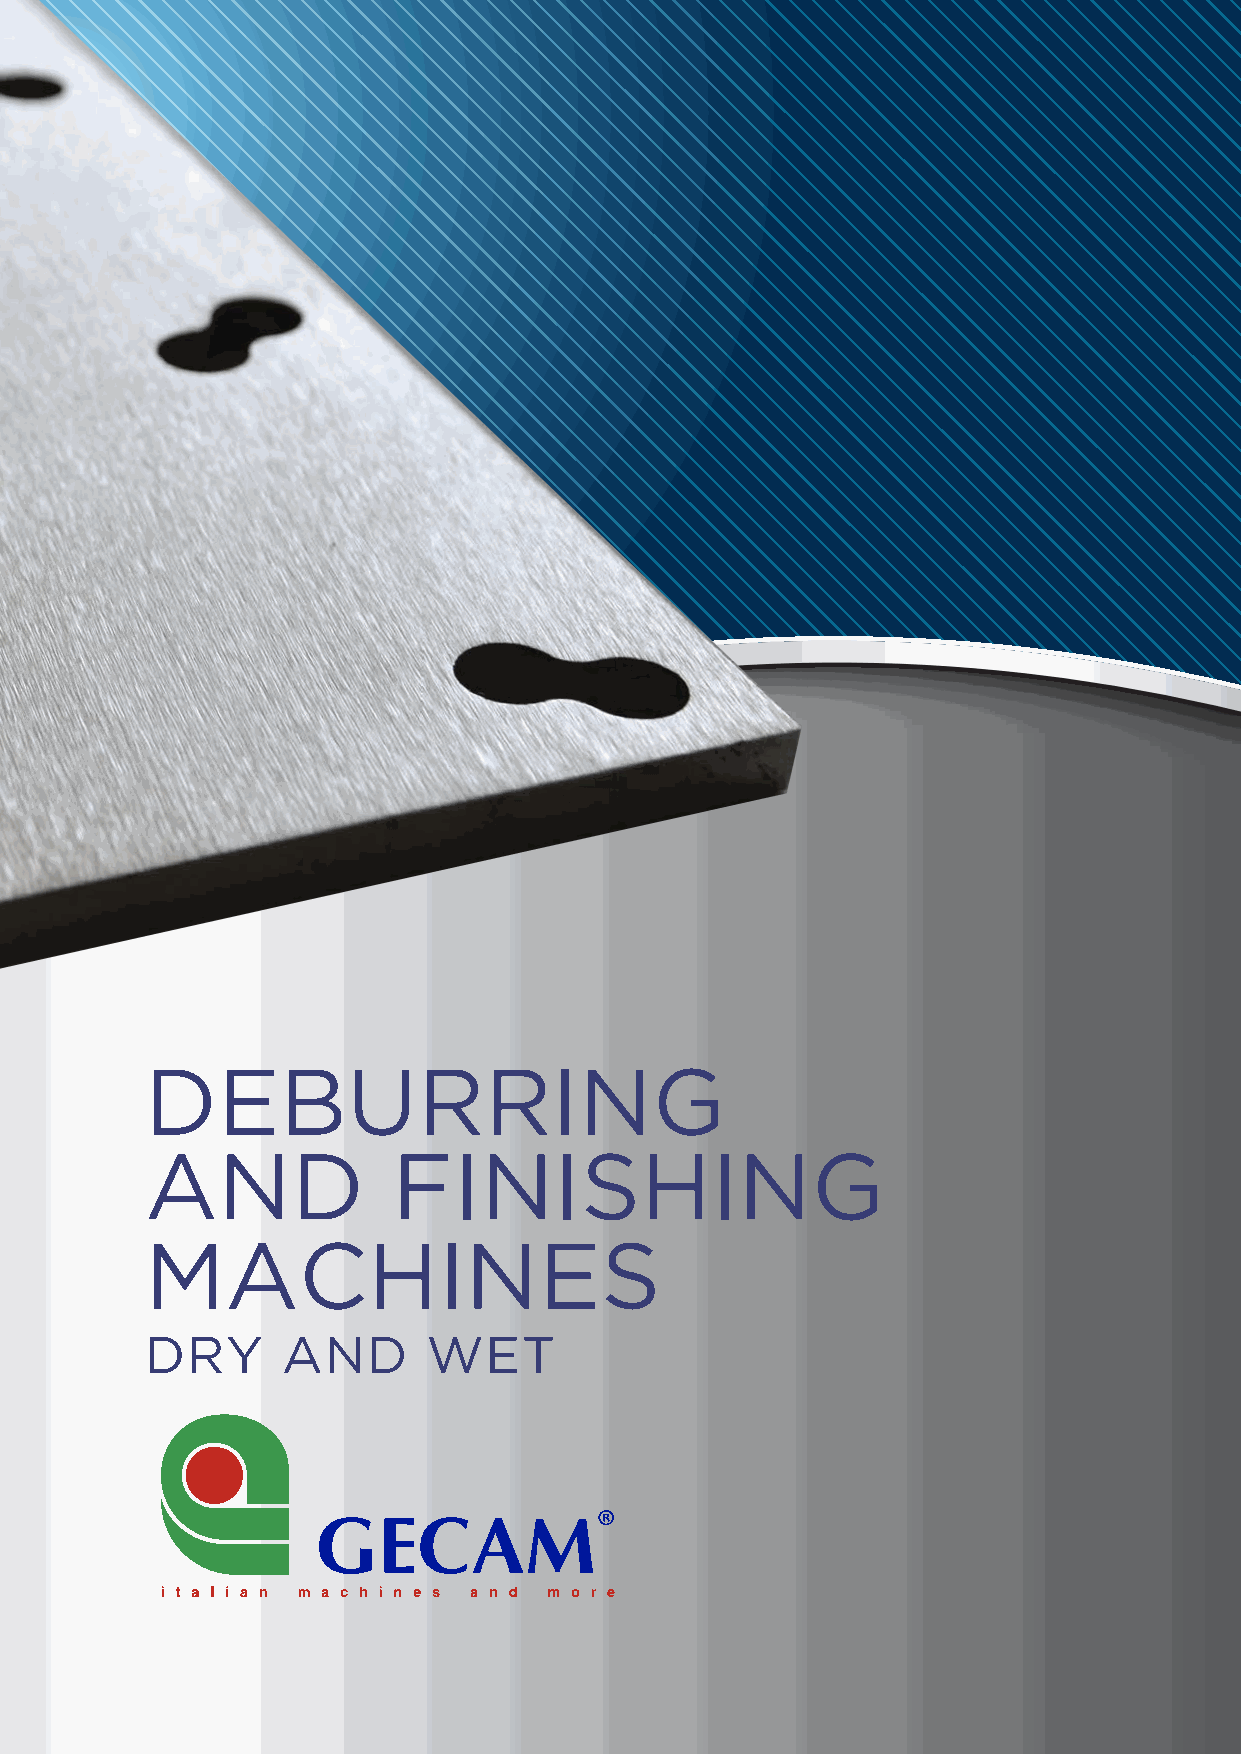
DEBURRING
 AND             FINISHING
 MACHINES
 DRY      AND      WET